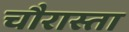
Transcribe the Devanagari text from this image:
चौरास्ता